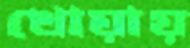
খোয়ায়